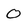
Character: 0